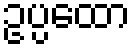
ဥပ္ပထော